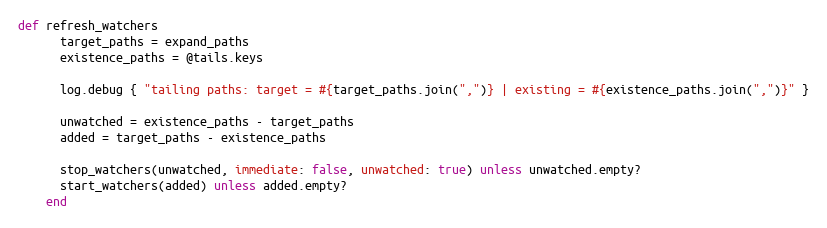
Language: Ruby
def refresh_watchers
      target_paths = expand_paths
      existence_paths = @tails.keys

      log.debug { "tailing paths: target = #{target_paths.join(",")} | existing = #{existence_paths.join(",")}" }

      unwatched = existence_paths - target_paths
      added = target_paths - existence_paths

      stop_watchers(unwatched, immediate: false, unwatched: true) unless unwatched.empty?
      start_watchers(added) unless added.empty?
    end